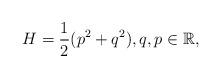
LaTeX: \begin{align*} H = \frac{1}{2}(p^2+q^2), q,p\in \mathbb{R}, \end{align*}